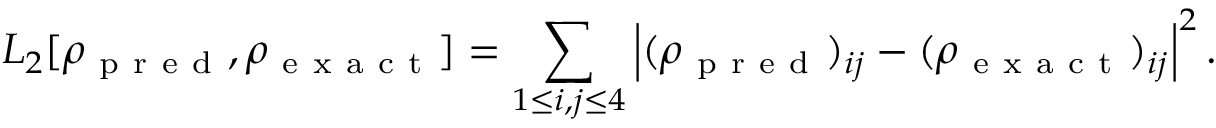
L _ { 2 } [ \rho _ { \mathrm { ~ p ~ r ~ e ~ d ~ } } , \rho _ { \mathrm { ~ e ~ x ~ a ~ c ~ t ~ } } ] = \sum _ { 1 \le i , j \le 4 } \left| ( \rho _ { \mathrm { ~ p ~ r ~ e ~ d ~ } } ) _ { i j } - ( \rho _ { \mathrm { ~ e ~ x ~ a ~ c ~ t ~ } } ) _ { i j } \right| ^ { 2 } .